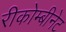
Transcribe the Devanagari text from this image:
रीकोम्बीनेट